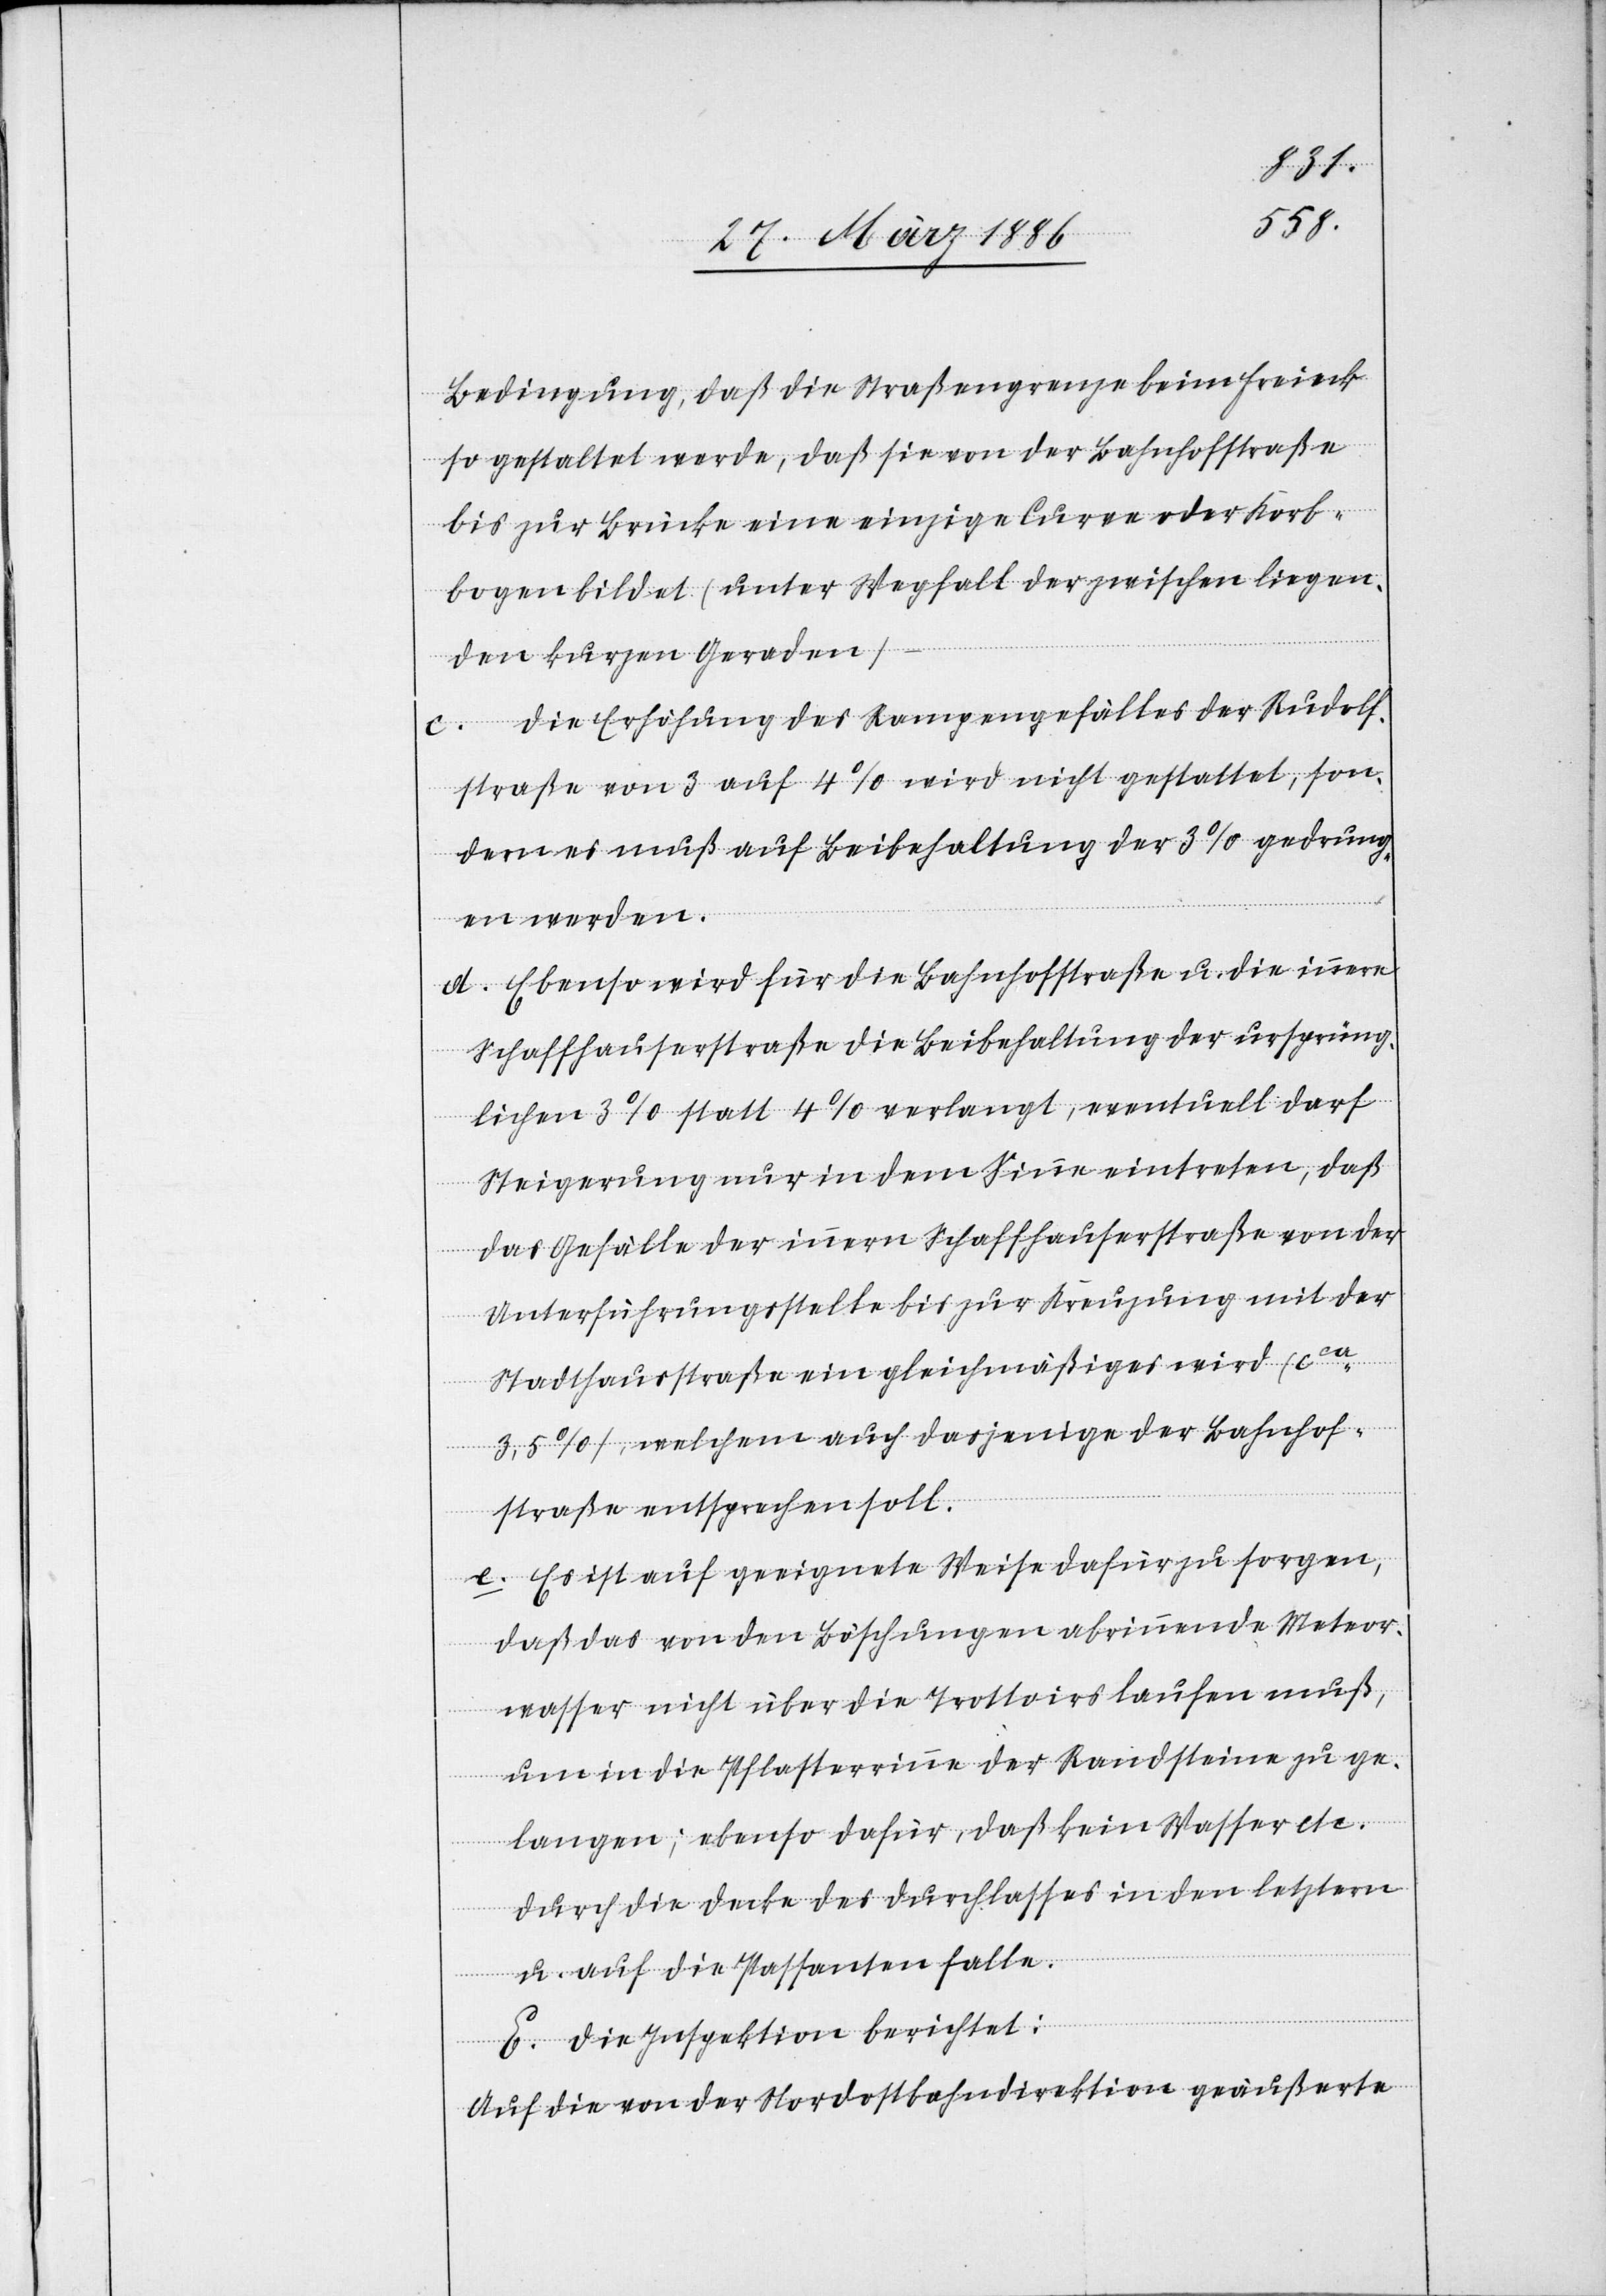
Bedingung, daß die Straßengrenze beim Freieck
so gestaltet werde, daß sie von der Bahnhofstraße
bis zur Brücke eine einzige Curve oder Korb¬
bogen bildet (unter Wegfall der zwischen liegen¬
den kurzen Geraden)
c. Die Erhöhung des Rampengefälles der Rudolf¬
straße von 3 auf 4% wird nicht gestattet, son¬
dern es muß auf Beibehaltung der 3% gedrung¬
en werden.
d. Ebenso wird für die Bahnhofstraße u. die innere
Schaffhauserstraße die Beibehaltung der ursprüng¬
lichen 3% statt 4% verlangt, eventuell darf
Steigerung nur in dem Sinne eintreten, daß
das Gefälle der innere Schaffhauserstraße mit der
Stadthausstraße ein gleichmäßiges wird (cca
3,5%), welchem auch dasjenige der Bahnhof¬
straße entsprechen soll.
e. Es ist auf geeignete Weise dafür zu sorgen,
daß das von den Böschungen abrinnende Meteor¬
wasser nicht über die Trottoirs laufen muß,
um in die Pflasterrinne der Randsteine zu ge¬
langen; ebenso dafür, daß kein Wasser etc.
durch die Decke des Durchlasses in den letztern
u. auf die Passanten falle.
E. Die Inspektion berichtet:
Auf die von der Nordostbahndirektion geäußerte